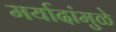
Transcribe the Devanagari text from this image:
मर्यादांमुळे